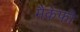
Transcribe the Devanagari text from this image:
मैकेफी